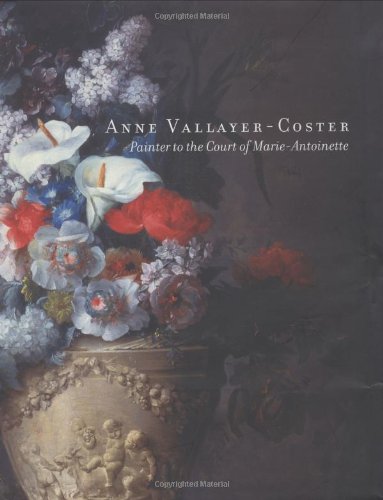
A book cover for Anne Vallayer Coster: Painter to the Court of Marie Antoinette; Eik Kahng; Arts & Photography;